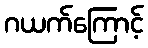
ဂယက်ကြောင့်